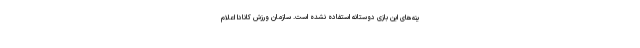
ینه‌های این بازی دوستانه استفاده نشده است. سازمان ورزش کانادا اعلام